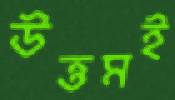
উত্তমই